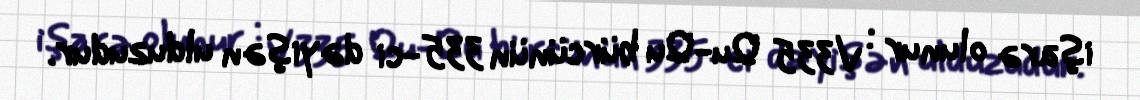
işarə olunur : V335 Qu-Qu bürcünün 335-ci dəyişən ulduzudur.